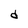
Character: d